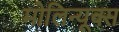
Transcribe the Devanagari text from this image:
मोलिन्यूक्स